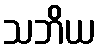
သဘိယ